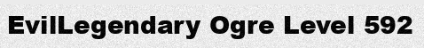
EvilLegendary Ogre Level 592